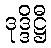
ဒုဒ္ဒိဋ္ဌီ